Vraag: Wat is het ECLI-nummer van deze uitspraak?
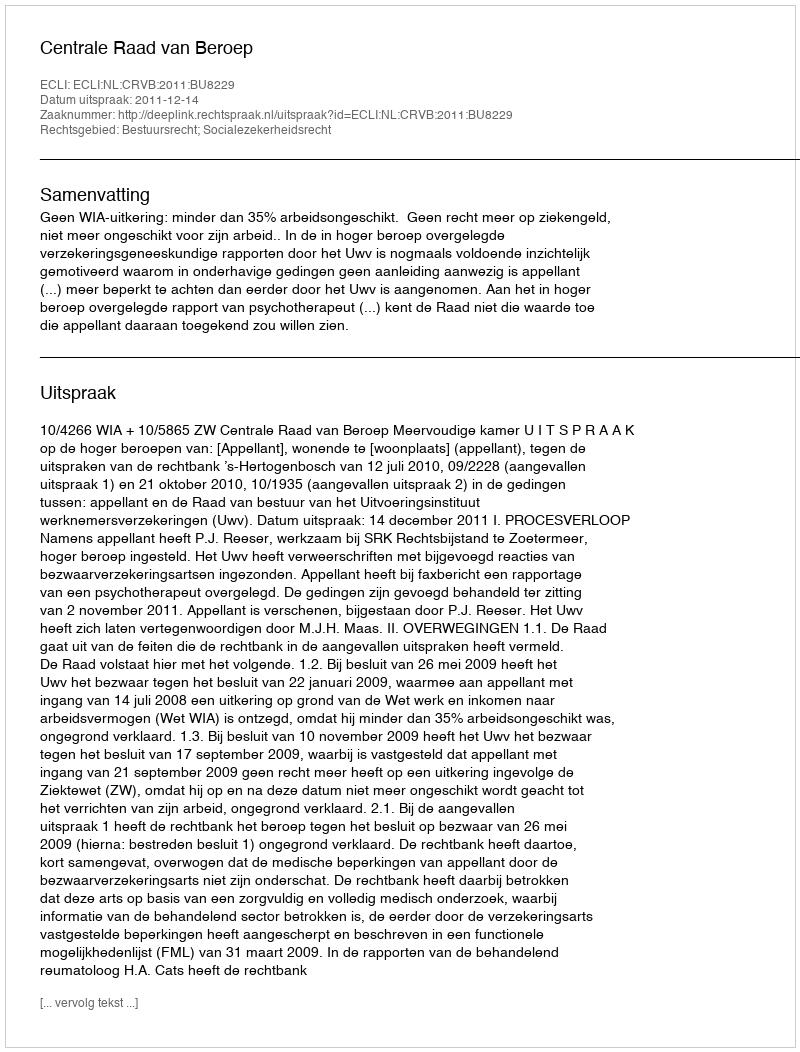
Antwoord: ECLI:NL:CRVB:2011:BU8229